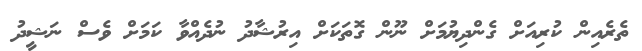
ތެރެއިން ކުރިއަށް ގެންދިޔުމަށް ނޫން ގޮތަކަށް އިރުޝާދު ނުދެއްވާ ކަމަށް ވެސް ނަޝީދު